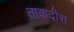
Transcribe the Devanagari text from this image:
ताकदीस